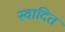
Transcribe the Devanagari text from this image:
स्वादित